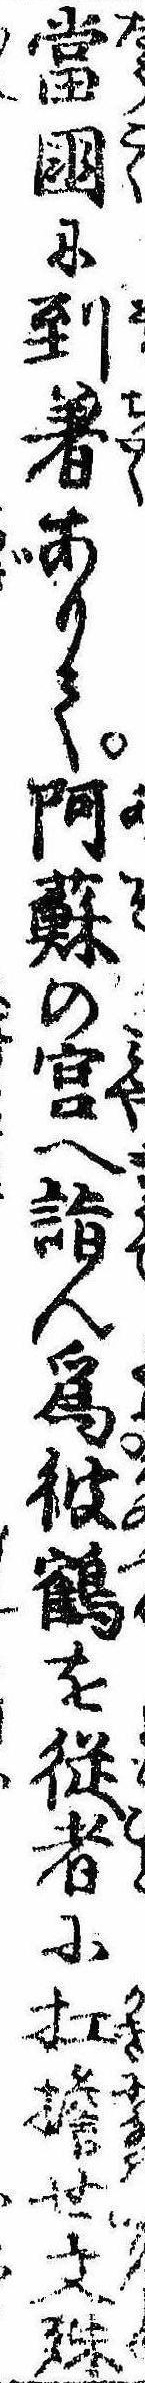
当国に到着ありて阿蘇の宮へ詣ん為彼鶴を従者に扛担せ文殊